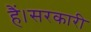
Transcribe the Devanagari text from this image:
हैं।सरकारी